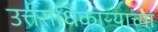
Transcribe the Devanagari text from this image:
उत्तराधिकाऱ्याच्या